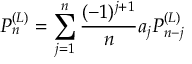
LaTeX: P _ { n } ^ { ( L ) } = \sum _ { j = 1 } ^ { n } \frac { ( - 1 ) ^ { j + 1 } } { n } a _ { j } P _ { n - j } ^ { ( L ) }